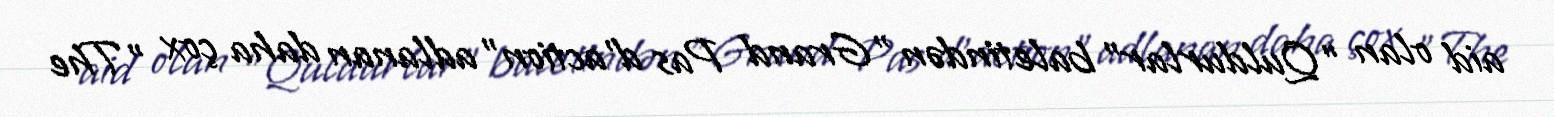
aid olan "Quldurlar" baletindən "Grand Pas d'action" adlanan daha çox "The